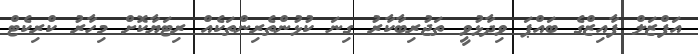
އަފްޒަލް ފާއިޒްގެ ބައްޕަ ވިދާޅުވީ ތަޖުރިބާކާރު ގިނަ ކުޅުންތެރިންތަކެއް ރިޓަޔާކޮށް މިހާރު ކްރިކެޓް